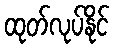
ထုတ်လုပ်နိုင်